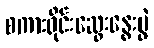
စကားဝိုင်းဆွေးနွေးပွဲ